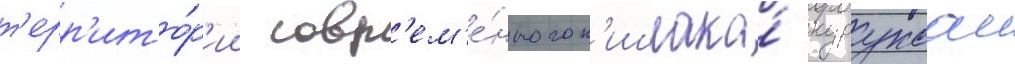
т'ерр'ито́р'ии совр'ем'е́нного к'ишлака́ куруксаи